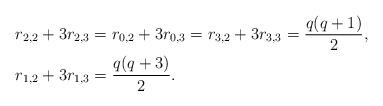
LaTeX: \begin{align*} & r_{2,2} + 3r_{2,3} = r_{0,2}+3r_{0,3} = r_{3,2}+3r_{3,3} = \frac{q(q+1)}{2}, \\ & r_{1,2} + 3r_{1,3} = \frac{q(q+3)}{2}.\end{align*}